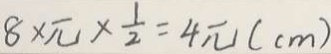
8 \times \pi \times \frac { 1 } { 2 } = 4 \pi ( c m )